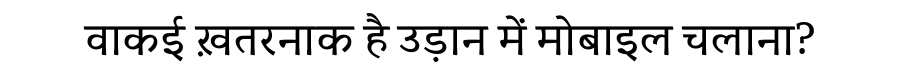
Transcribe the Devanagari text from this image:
वाकई ख़तरनाक है उड़ान में मोबाइल चलाना?